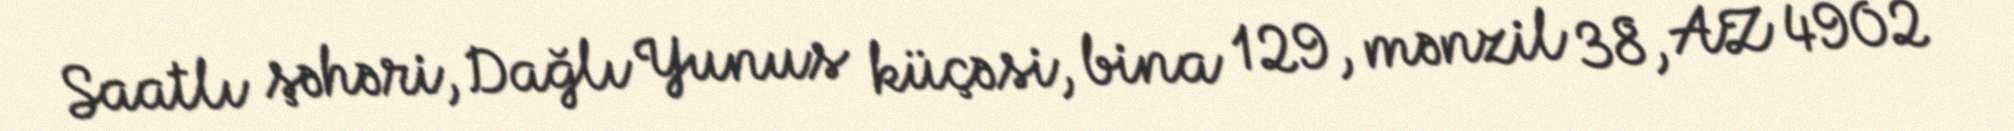
Saatlı şəhəri, Dağlı Yunus küçəsi, bina 129, mənzil 38, AZ 4902